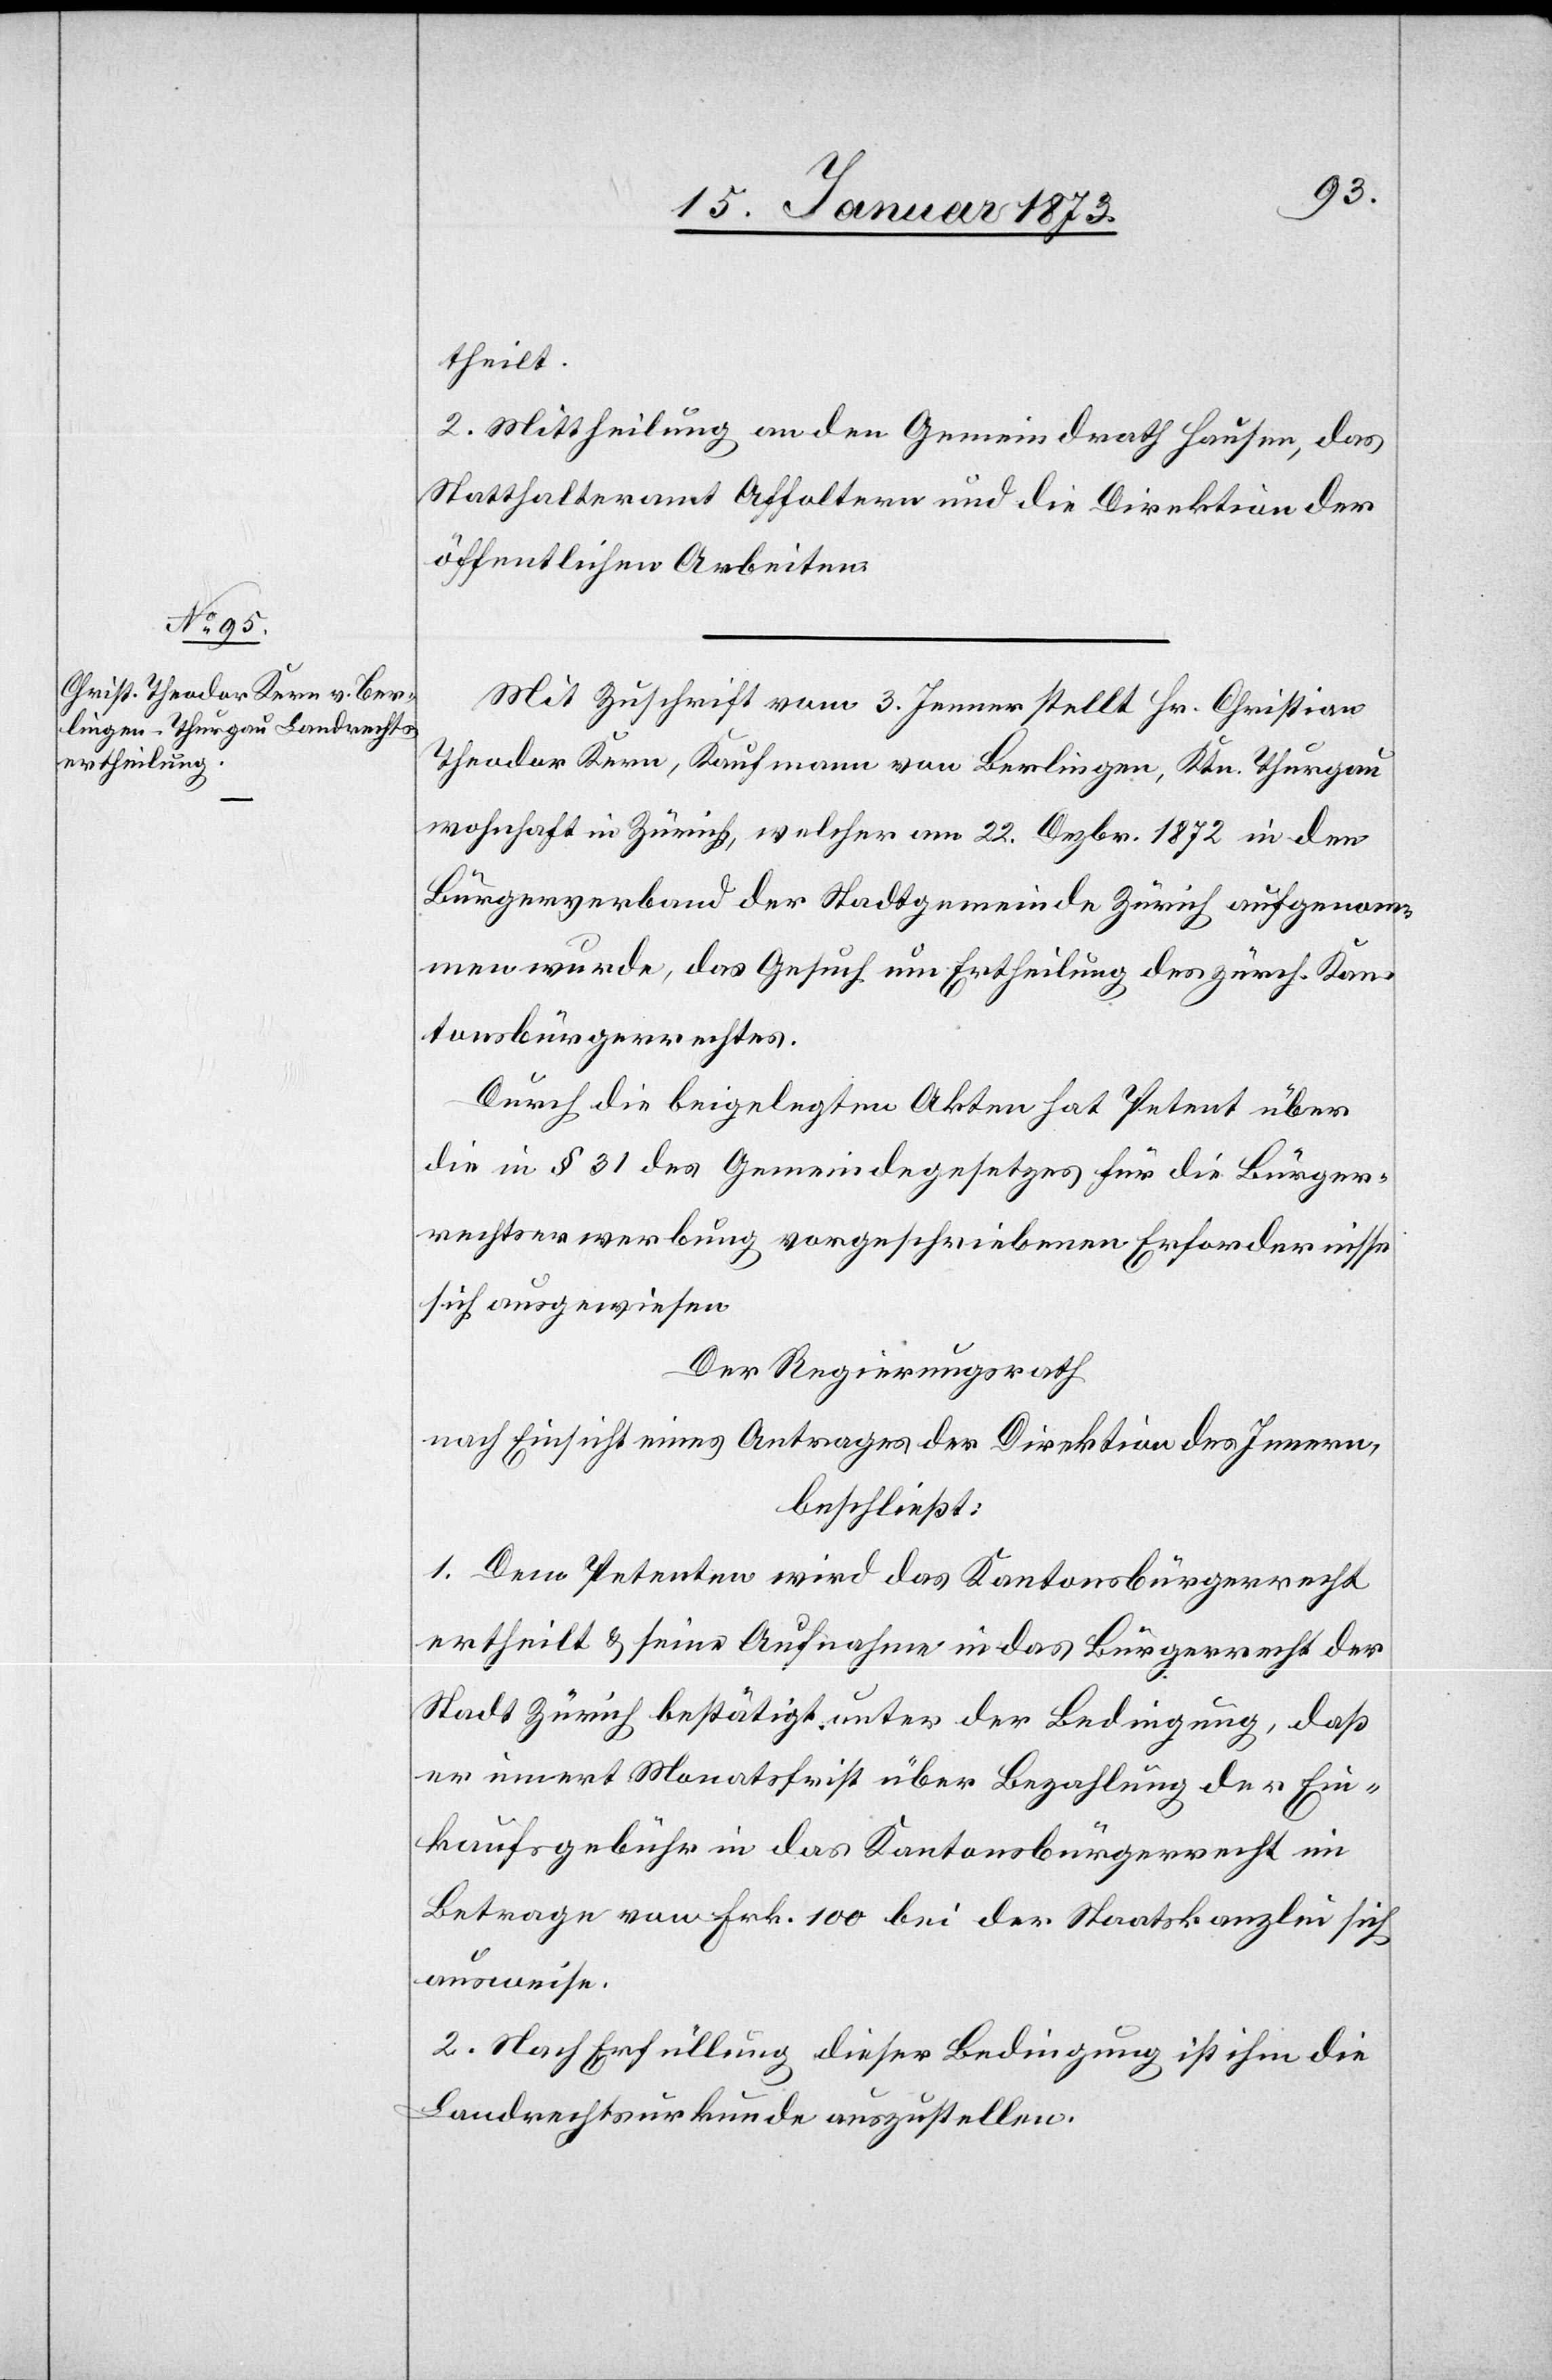
theilt.
2. Mittheilung an den Gemeindrath Hausen, das
Statthalteramt Affoltern und die Direktion der
öffentlichen Arbeiten.
Mit Zuschrift vom 3. Jenner stellt Hr. Christian
Theodor Kern, Kaufmann von Berlingen, Ktn. Thurgau
wohnhaft in Zürich, welcher am 22. Dezbr. 1872 in den
Bürgerverband der Stadtgemeinde Zürich aufgenom¬
men wurde, das Gesuch um Ertheilung des zürch. Kan¬
tonsbürgerrechtes.
Durch die beigelegten Akten hat Petent über
die in § 31 des Gemeindegesetzes für die Bürger¬
rechtserwerbung vorgeschriebenen Erfordernisse
sich ausgewiesen.
Der Regierungsrath
nach Einsicht eines Antrages der Direktion des Innern,
beschließt:
1. Dem Petenten wird das Kantonsbürgerrecht
ertheilt u. seien Aufnahme in das Bürgerrecht der
Stadt Zürich bestätigt, unter der Bedingung, daß
er innert Monatsfrist über Bezahlung der Ein¬
kaufsgebühr in das Kantonsbürgerrecht im
Betrage von Frk. 100 bei der Staatskanzlei sich
ausweise.
2. Nach Erfüllung dieser Bedingung ist ihm die
Landrechtsurkunde auszustellen.